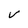
Character: V